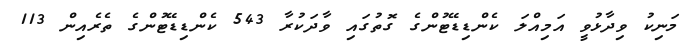
މަނިކު ވިދާޅުވީ އަމިއްލަ ކެންޑިޑޭޓުންގެ ގޮތުގައި ވާދަކުރާ 543 ކެންޑިޑޭޓުންގެ ތެރެއިން 113